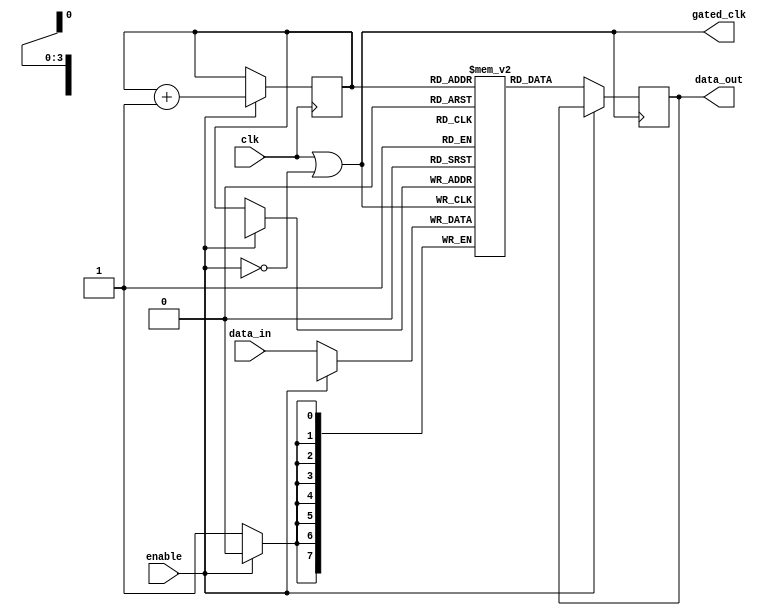
module clock_gating_memory (
    input wire clk,          // Original clock signal
    input wire enable,       // Enable signal for clock gating
    input wire [7:0] data_in, // Data input for memory (example size)
    output wire [7:0] data_out, // Data output from memory
    output wire gated_clk    // Gated clock output
);

    // Invert the enable signal
    wire enable_n;
    assign enable_n = ~enable;

    // OR gate to generate the gated clock
    assign gated_clk = clk | enable_n;

    // Memory block (example: a simple register for demonstration)
    reg [7:0] memory [0:15]; // 16 x 8-bit memory
    reg [3:0] address;       // Address input (4 bits for 16 locations)

    // Memory write operation
    always @(posedge gated_clk) begin
        if (!enable) begin // Only write when enable is low (memory active)
            memory[address] <= data_in;
        end
    end

    // Memory read operation
    always @(posedge gated_clk) begin
        if (!enable) begin // Only read when enable is low (memory active)
            data_out <= memory[address];
        end
    end

    // Address input for demonstration purposes
    always @(posedge clk) begin
        if (enable) begin
            address <= address + 1; // Increment address when enable is high
        end
    end

endmodule